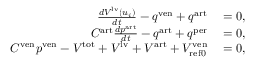
\begin{array} { r l } { \frac { d V ^ { \mathrm { l v } } \left( u _ { i } \right) } { d t } - q ^ { \mathrm { v e n } } + q ^ { \mathrm { a r t } } } & { { } = 0 , } \\ { C ^ { \mathrm { a r t } } \frac { d p ^ { \mathrm { a r t } } } { d t } - q ^ { \mathrm { a r t } } + q ^ { \mathrm { p e r } } } & { { } = 0 , } \\ { C ^ { \mathrm { v e n } } p ^ { \mathrm { v e n } } - V ^ { \mathrm { t o t } } + V ^ { \mathrm { l v } } + V ^ { \mathrm { a r t } } + V _ { \mathrm { { r e f 0 } } } ^ { \mathrm { v e n } } } & { { } = 0 , } \end{array}